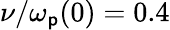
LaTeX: \nu/\omega_{\mathsf{p}}(0)=0.4